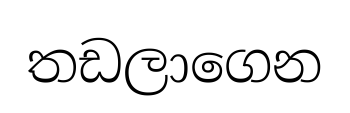
තඩලාගෙන